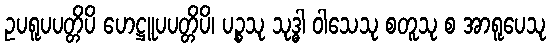
ဥပရူပပတ္တိပိ ဟေဋ္ဌူပပတ္တိပိ၊ ပဉ္စသု သုဒ္ဓါ ဝါသေသု စတူသု စ အာရူပေသု